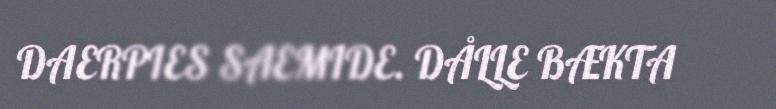
DAERPIES SAEMIDE. DÅLLE BÆKTA